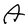
Character: A